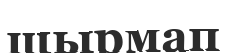
шырмап